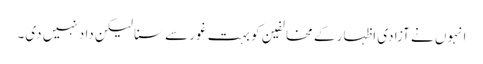
انہوں نے آزادی اظہار کے مخالفین کو بہت غور سے سنا لیکن داد نہیں دی۔